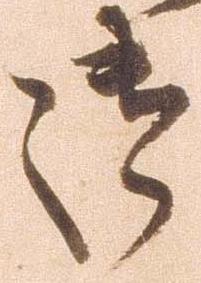
御